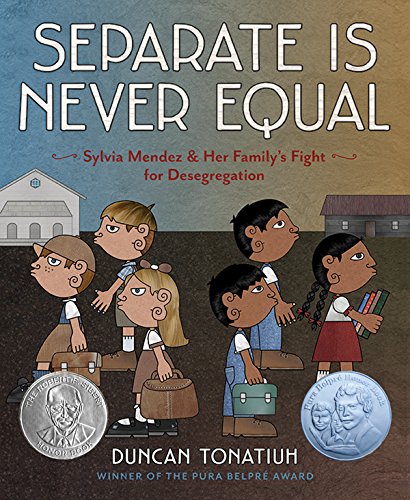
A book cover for Separate Is Never Equal: Sylvia Mendez and Her FamilyEEs Fight for Desegregation (Jane Addams Award Book (Awards)); Duncan Tonatiuh; Children's Books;